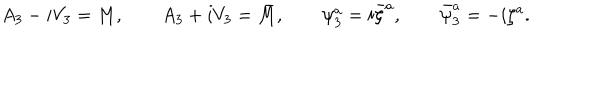
A _ { 3 } - i V _ { 3 } = M , \qquad A _ { 3 } + i V _ { 3 } = \bar { M } , \qquad \psi _ { 3 } ^ { a } = i \bar { \zeta } ^ { a } , \qquad \bar { \psi } _ { 3 } ^ { a } = - i \zeta ^ { a } .